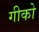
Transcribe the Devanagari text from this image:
गीको